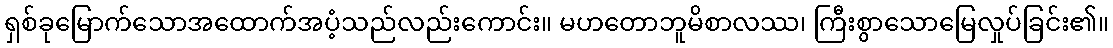
ရှစ်ခုမြောက်သောအထောက်အပံ့သည်လည်းကောင်း။ မဟတောဘူမိစာလဿ၊ ကြီးစွာသောမြေလှုပ်ခြင်း၏။